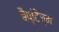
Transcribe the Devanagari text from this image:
बैप्टिज्म